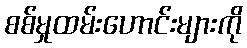
စစ်မှုထမ်းဟောင်းများကို